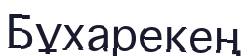
Бұхарекең